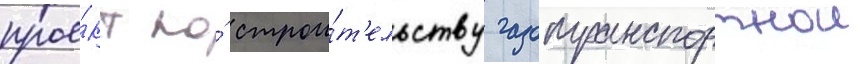
прое́кт по́ строи́т'ельству газотранспортнои